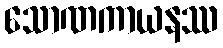
သောဏကာယနဿ